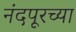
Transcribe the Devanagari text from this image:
नंदपूरच्या